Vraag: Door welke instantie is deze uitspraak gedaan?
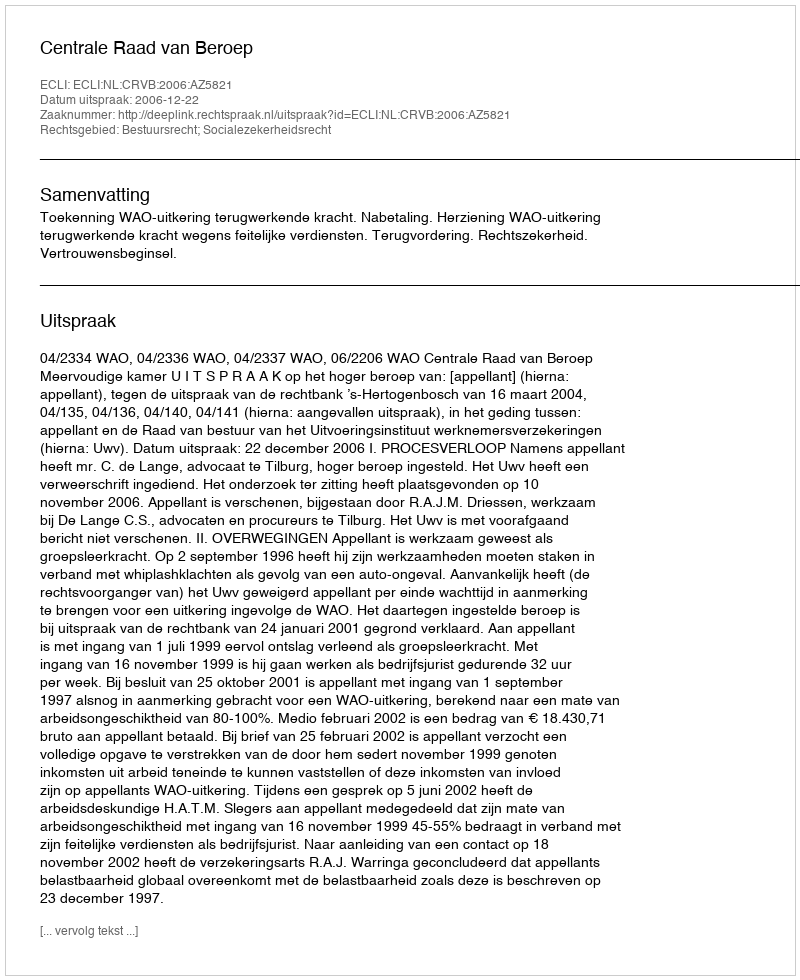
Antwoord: Centrale Raad van Beroep